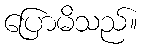
ပြောမိသည်။